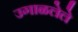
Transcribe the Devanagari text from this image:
उगाळलेले